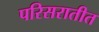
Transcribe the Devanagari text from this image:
परिसरातीत